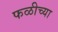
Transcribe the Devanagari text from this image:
फळीच्या